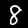
Digit: 8